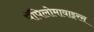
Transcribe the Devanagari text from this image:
पॅपिलोमावाइरस